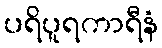
ပရိပူရကာရီနံ